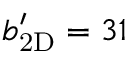
\ensuremath { b _ { \mathrm { 2 D } } ^ { \prime } } = 3 1